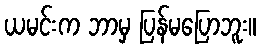
ယမင်းက ဘာမှ ပြန်မပြောဘူး။